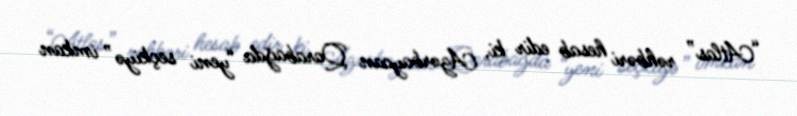
“Atlas” rəhbəri hesab edir ki, Azərbaycan Qarabağda “yeni seçkiyə” imkan